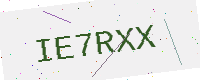
Text: IE7RXX